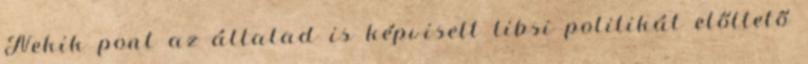
Nekik pont az általad is képviselt libsi politikát etőltető